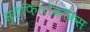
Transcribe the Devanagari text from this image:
स्टेफिलोकॉकस